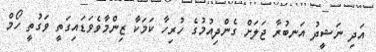
އަދި ނަޝީދު އަނބުރާ ޖަލަށް ގެންދިއުމުގެ ހުރިހާ ކަމަކާ ޒިންމާވެވަޑައިގަތީ ވަގުތީ ހޯމް